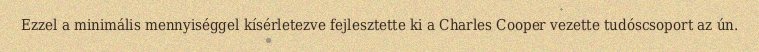
Ezzel a minimális mennyiséggel kísérletezve fejlesztette ki a Charles Cooper vezette tudóscsoport az ún.